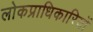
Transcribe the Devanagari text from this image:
लोकप्राधिकारियों